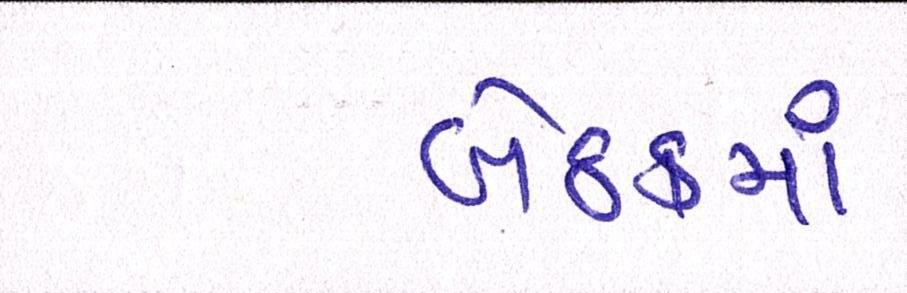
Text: બેઠકમાં